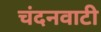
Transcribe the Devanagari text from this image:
चंदनवाटी